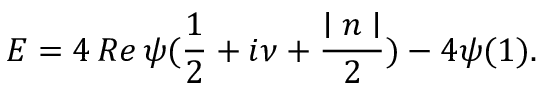
E = 4 \, R e \, \psi ( \frac 1 2 + i \nu + \frac { \mid n \mid } 2 ) - 4 \psi ( 1 ) .